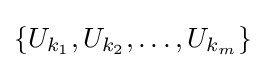
\{U_{k_{1}},U_{k_{2}},\ldots ,U_{k_{m}}\}